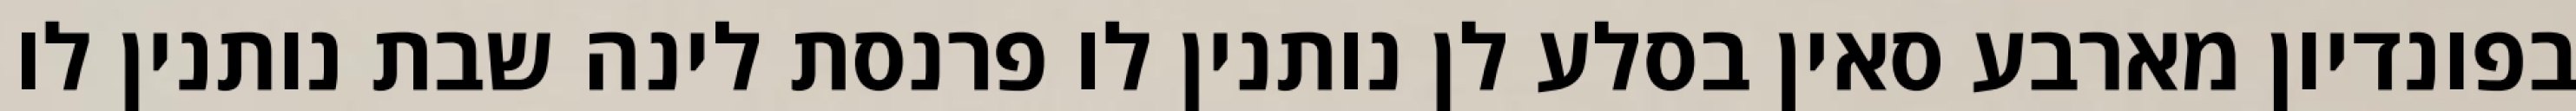
בפונדיון מארבע סאין בסלע לן נותנין לו פרנסת לינה שבת נותנין לו